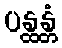
ပန္ထန္တံ